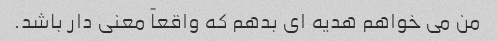
من می خواهم هدیه ای بدهم که واقعاً معنی دار باشد.